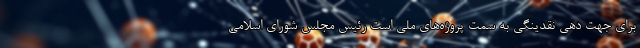
برای جهت دهی نقدینگی به سمت پروژه‌های ملی است رئیس مجلس شورای اسلامی